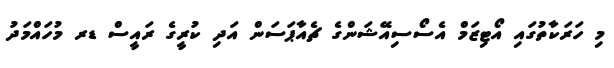
މި ހަރަކާތުގައި އޯޓިޒަމް އެސޯސިއޭޝަންގެ ޗެއާޕަސަން އަދި ކުރީގެ ރައީސް ޑރ މުހައްމަދު